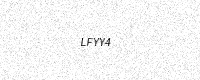
Text: LFYY4